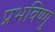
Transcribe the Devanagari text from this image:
प्रभविष्णु